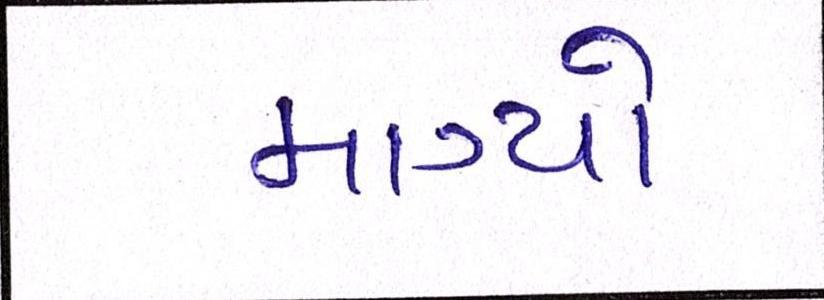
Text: માગ્યો